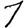
Digit: 1